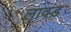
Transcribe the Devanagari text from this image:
लावड